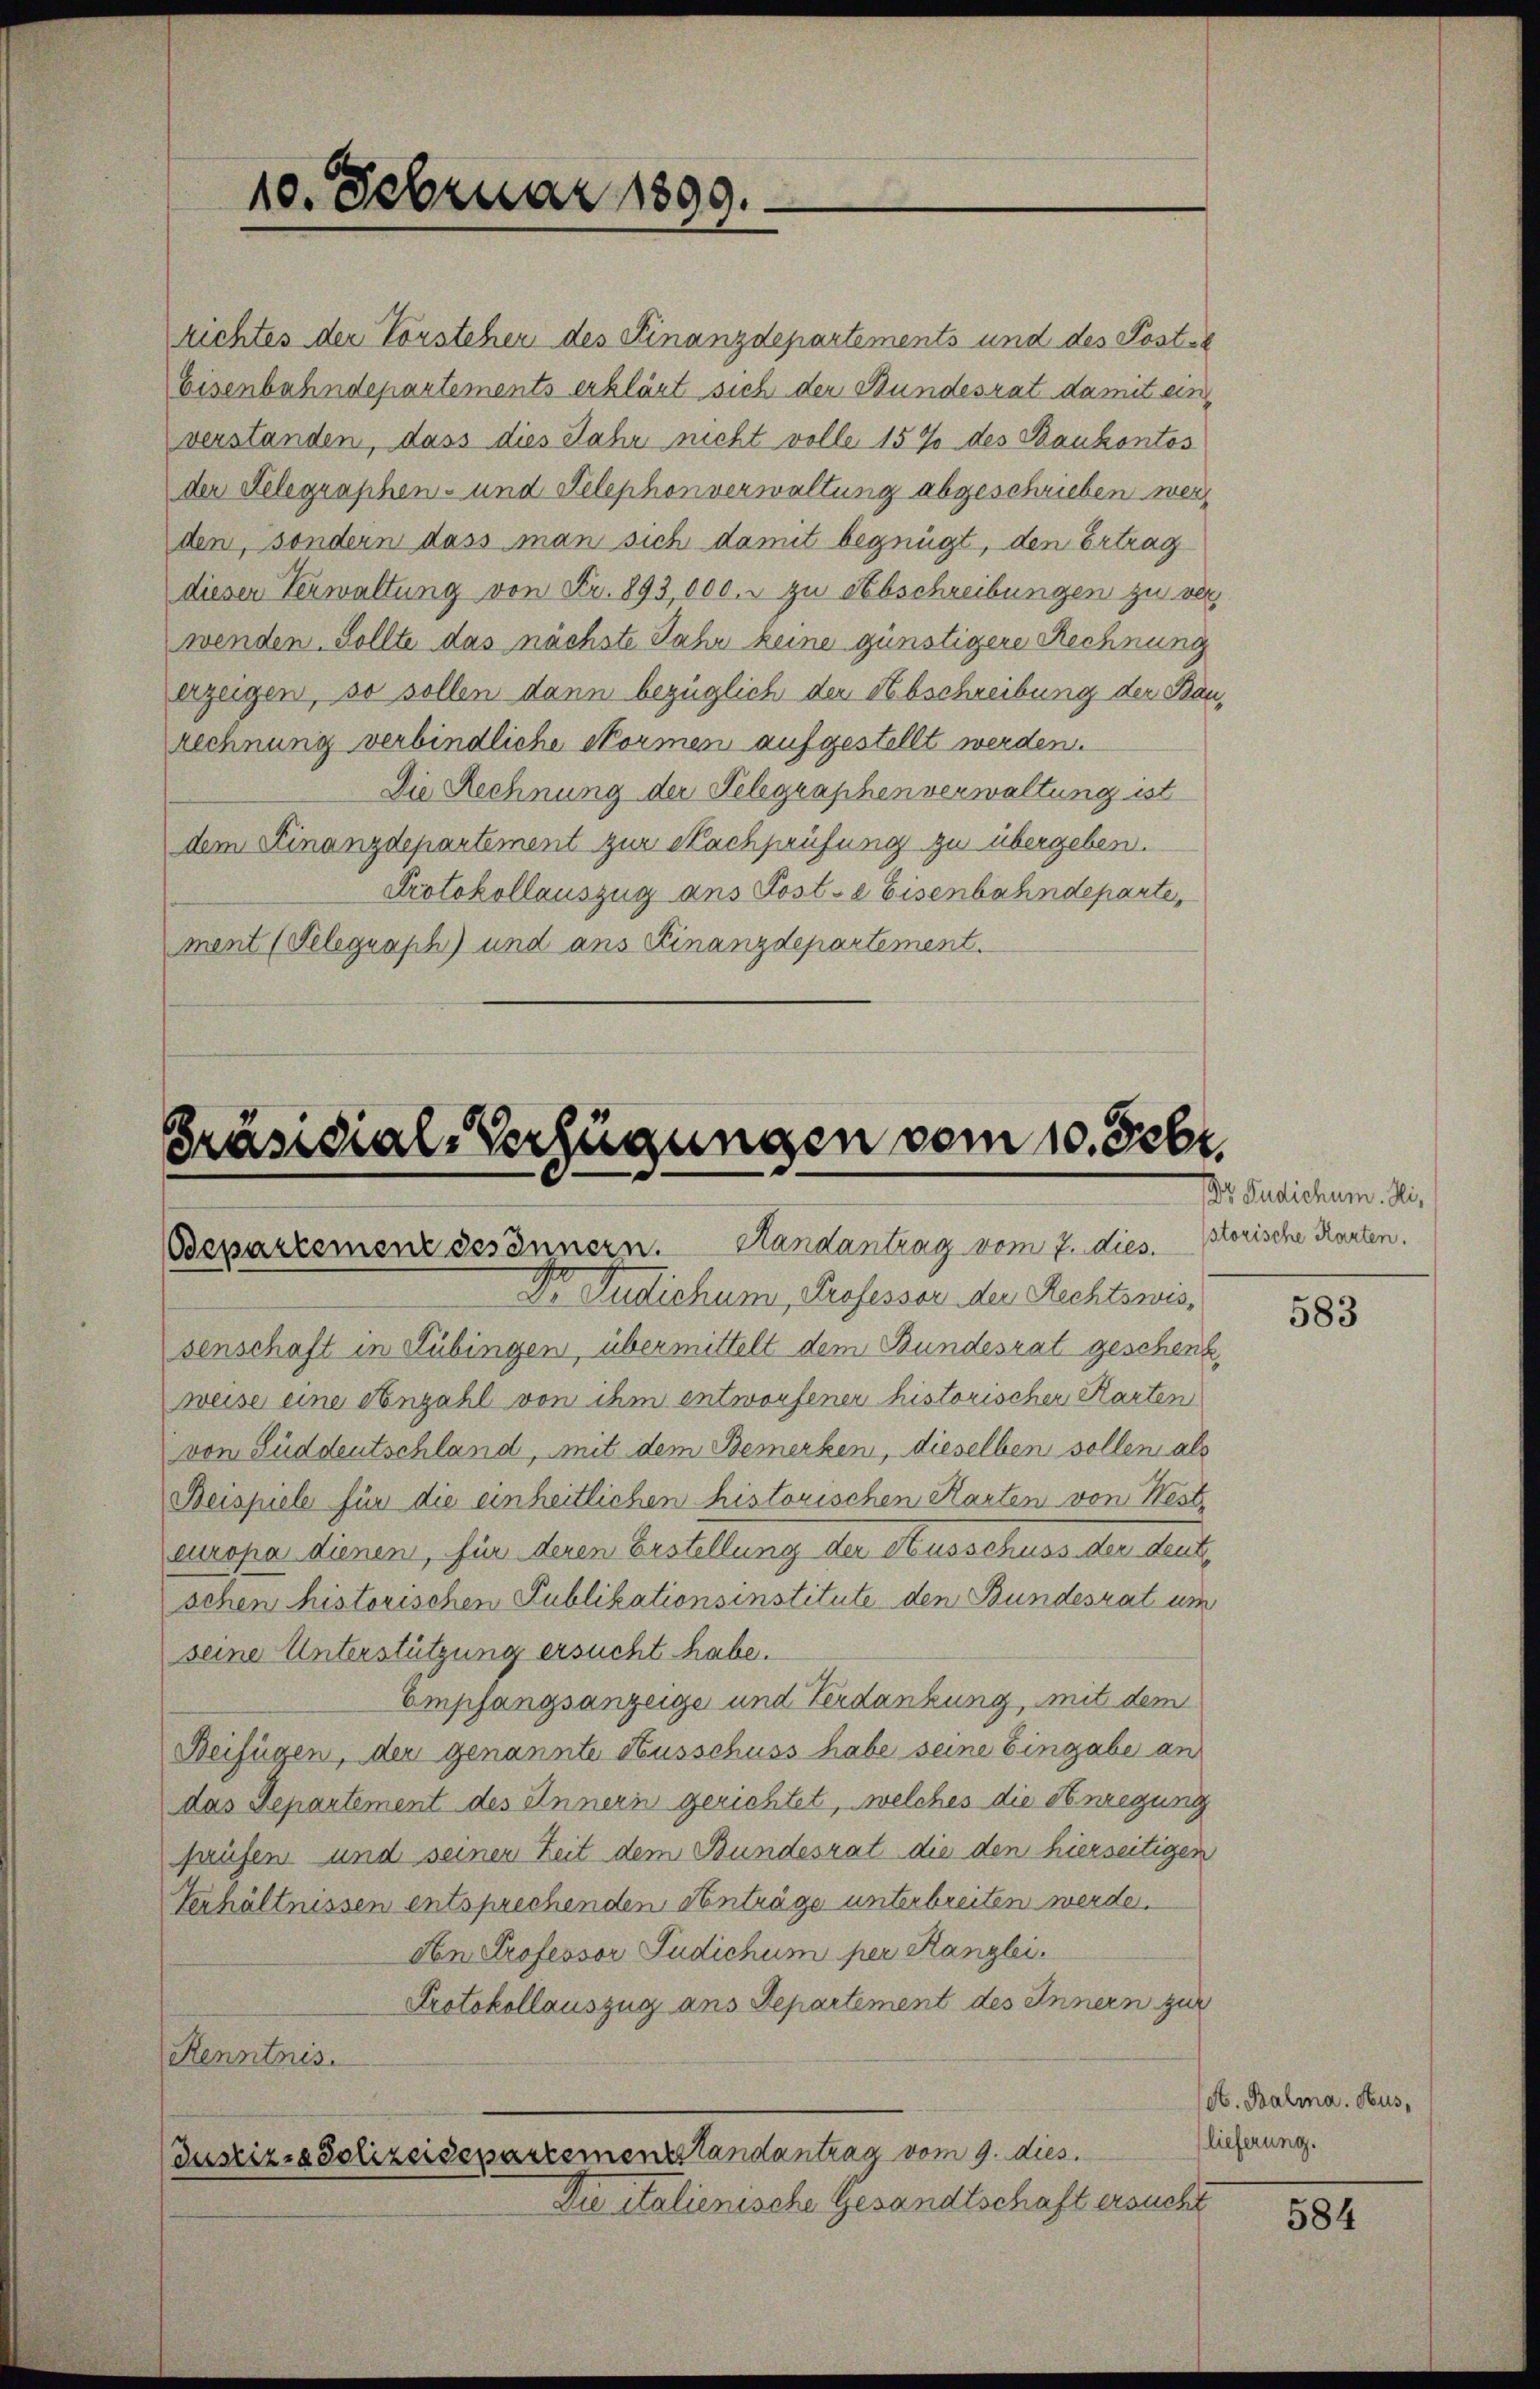
10. Februar 1899.

richtes der Vorstehen des Finanzdepartements und des Post-
Eisenbahndepartements erklärt sich der Bundesrat damit einverstanden, dass dies Jahr nicht volle 15% des Bankontos
der Delegraphen- und Telephonverwaltung abgeschrieben werden, sondern dass man sich damit begnügt, den Ertrag
diesen Verwaltung von Fr. 893,000. zu Abschreibungen zu ver
wenden. Sollte das nächste Jahr keine günstigere Rechnung
erzügen, so sollen dann bezüglich der Abschreibung der Baurechnung verbindliche Normen aufgestellt werden.
Die Rechnung der Telegraphenverwaltung ist
dem Finanzdepartement zur Nachprüfung zu übergeben.
Protokollauszug ans Poste Eisenbahndeparte,
ment (Telegraph) und ans Finanzdepartement.

Präsidial-Verfügungen vom 10. Febr.
Bepartement des Innern. Handantrag vom 7. dies. storische Karten.

Dr Judichum, Professor der Rechtswissenschaft in Lübingen, übermittelt dem Bundesrat geschenk
weise eine Anzahl von ihm entworfener historischer Karten
von Süddeutschland, mit dem Bemerken, dieselben sollen als
Beispiele für die einheitlichen historischen Karten von West-
europa dienen, für deren Erstellung der Ausschuss der deut-
schen historischen Publikationsinstitute den Bundesrat um
seine Unterstützung ersucht habe.
Empfangsanzeige und Ferdankung, mit dem
Beifügen, der genannte Ausschuss habe seine Eingabe an
das Departement des Innern gerichtet, welches die Anregung
haufen und seiner Zeit dem Bundesrat die den hierseitigen
Verhältnissen entsprechenden Anträge unterbreiten werde.
An Professor Pudichum per Kanzlei.
Protokollauszug aus Departement des Innern zur
Kenntnis.
Justiz-Polizeidepartementstandantrag vom 9. dies
Die italienische Gesandtschaft ersucht

Dr Judichum. Si,

583

A. Balma. Hus,
(lieferung.

584